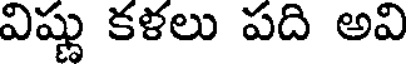
విష్ణు కళలు పది అవి